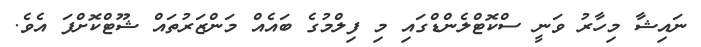
ނައިޝާ މިހާރު ވަނީ ސްކޮޓްލެންޑްގައި މި ފިލްމުގެ ބައެއް މަންޒަރުތައް ޝޫޓްކޮށްފަ އެވެ.